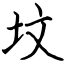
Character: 坟